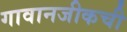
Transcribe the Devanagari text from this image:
गावानजीकची